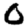
Digit: 0